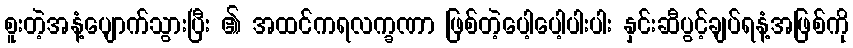
စူးတဲ့အနံ့ပျောက်သွားပြီး ၏ အထင်ကရလက္ခဏာ ဖြစ်တဲ့ပေါ့ပေါ့ပါးပါး နှင်းဆီပွင့်ချပ်ရနံ့အဖြစ်ကို